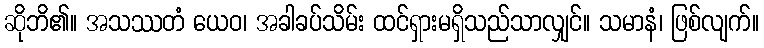
ဆိုဘိ၏။ အသဿတံ ယေဝ၊ အခါခပ်သိမ်း ထင်ရှားမရှိသည်သာလျှင်။ သမာနံ၊ ဖြစ်လျက်။